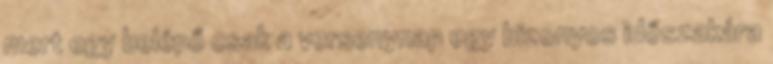
mert egy belépő csak a versenynap egy bizonyos időszakára